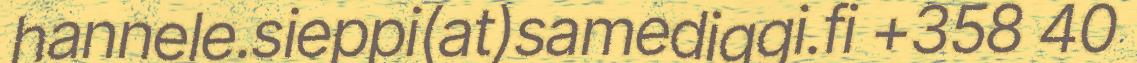
hannele.sieppi(at)samediggi.fi +358 40